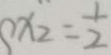
x _ { 2 } = \frac { 1 } { 2 }